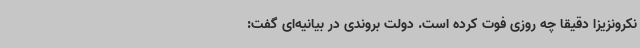
نکرونزیزا دقیقا چه روزی فوت کرده است. دولت بروندی در بیانیه‌ای گفت: